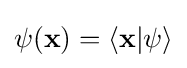
\psi (\mathbf {x} )=\langle \mathbf {x} |\psi \rangle